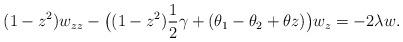
LaTeX: \begin{align*}(1-z^2)w_{zz}-\big ((1-z^2)\frac{1}{2}\gamma + (\theta_1-\theta_2+\theta z)\big )w_z = -2\lambda w.\end{align*}